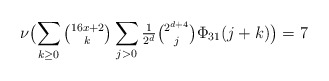
\begin{align*}\nu\bigl(\sum_{k\ge0}{\tbinom{16x+2}k}\sum_{j>0}{\tfrac1{2^d}\tbinom{2^{d+4}}j}\Phi_{31}(j+k)\bigr)=7\end{align*}